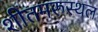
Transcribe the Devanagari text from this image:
शीतमरुस्थल